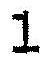
1